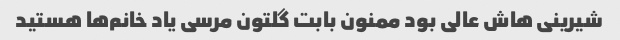
شیرینی هاش عالی بود ممنون بابت گلتون مرسی یاد خانم‌ها هستید